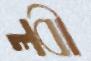
লবী